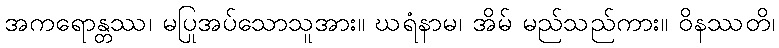
အကရောန္တဿ၊ မပြုအပ်သောသူအား။ ဃရံနာမ၊ အိမ် မည်သည်ကား။ ဝိနဿတိ၊